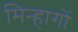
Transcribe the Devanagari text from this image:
मिन्हागों